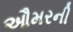
ઔમરની